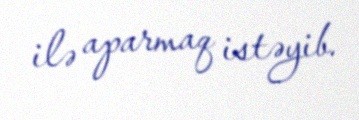
ilə aparmaq istəyib.